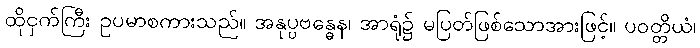
ထိုငှက်ကြီး ဥပမာစကားသည်။ အနုပ္ပဗန္ဓေန၊ အာရုံ၌ မပြတ်ဖြစ်သောအားဖြင့်။ ပဝတ္တိယံ၊